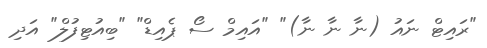
"ރައިޓް ނައު (ނާ ނާ ނާ)" "އައިމް ސޯ ޕެއިޑް" "ބިއުޓިފުލް" އަދި